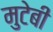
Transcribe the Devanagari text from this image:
मुटेबी